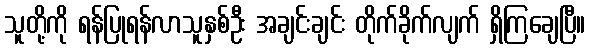
သူတို့ကို ရန်ပြုရန်လာသူနှစ်ဦး အချင်းချင်း တိုက်ခိုက်လျက် ရှိကြချေပြီ။